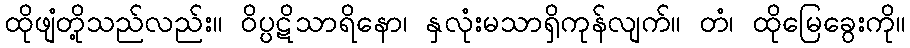
ထိုဖျံတို့သည်လည်း။ ဝိပ္ပဋိသာရိနော၊ နှလုံးမသာရှိကုန်လျက်။ တံ၊ ထိုမြေခွေးကို။